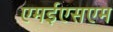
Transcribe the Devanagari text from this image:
एमईएसएम